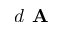
d \textbf { A }